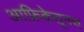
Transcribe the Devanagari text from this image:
आफ्रिकेतूनच